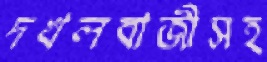
দখলবাজীসহ